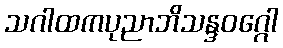
သဂါထကပုညာဘိသန္ဒဝဂ္ဂေါ